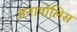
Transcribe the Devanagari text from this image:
अनापोलिस